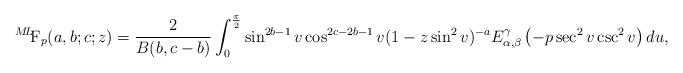
LaTeX: \begin{align*} {}^{M\!L\!\!}\textrm{F}_{p}(a,b;c;z)= \frac{2}{B(b,c-b)} \int_{0}^{\frac{\pi}{2}}\sin^{2b-1}v&\cos^{2c-2b-1}v(1-z\sin^{2}v)^{-a} E_{\alpha, \beta}^{\gamma}\left(-p\sec^{2}v\csc^{2}v\right)du,&\end{align*}